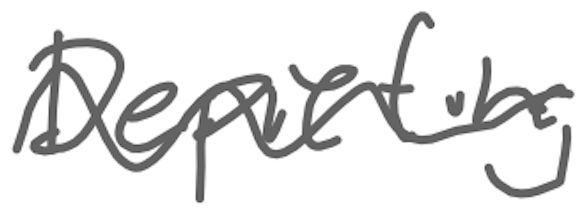
Text: Depicting
Cross-out: wave
Writing tool: digital_gray